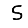
Digit: 5